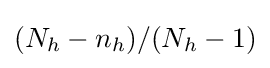
(N_{h}-n_{h})/(N_{h}-1)